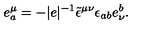
e _ { a } ^ { \mu } = - | e | ^ { - 1 } \tilde { \epsilon } ^ { \mu \nu } \epsilon _ { a b } e _ { \nu } ^ { b } .